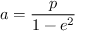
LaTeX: a = { \frac { p } { 1 - e ^ { 2 } } }